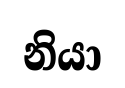
නියා